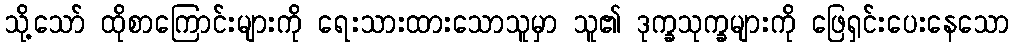
သို့သော် ထိုစာကြောင်းများကို ရေးသားထားသောသူမှာ သူ၏ ဒုက္ခသုက္ခများကို ဖြေရှင်းပေးနေသော